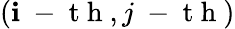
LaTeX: (\mathbf{i}\mathrm{{~-~t~h~}},j\mathrm{{~-~t~h~}})